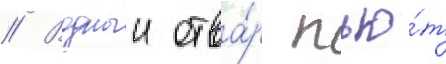
// Водныи отва́р пью́т